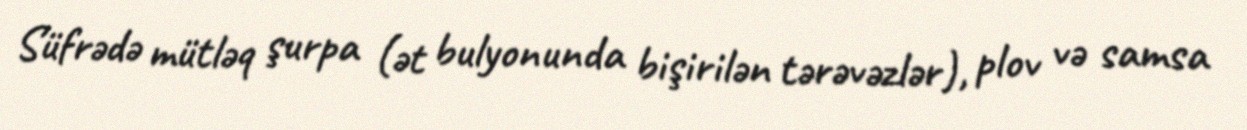
Süfrədə mütləq şurpa (ət bulyonunda bişirilən tərəvəzlər), plov və samsa